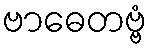
ဗာဓေတဗ္ဗံ